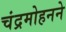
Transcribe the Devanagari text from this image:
चंद्रमोहनने